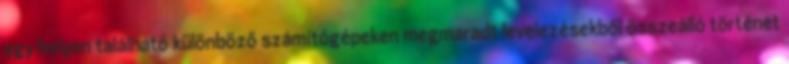
egy helyen található különböző számítógépeken megmaradt levelezésekből összeálló történet